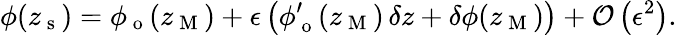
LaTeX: \phi(z_{\mathrm{~s~}})=\phi_{\mathrm{~o~}}(z_{\mathrm{~M~}})+\epsilon\left(\phi_{\mathrm{~o~}}^{\prime}(z_{\mathrm{~M~}})\, \delta z+\delta\phi(z_{\mathrm{~M~}})\right)+\mathcal{O}\left(\epsilon^{2}\right).